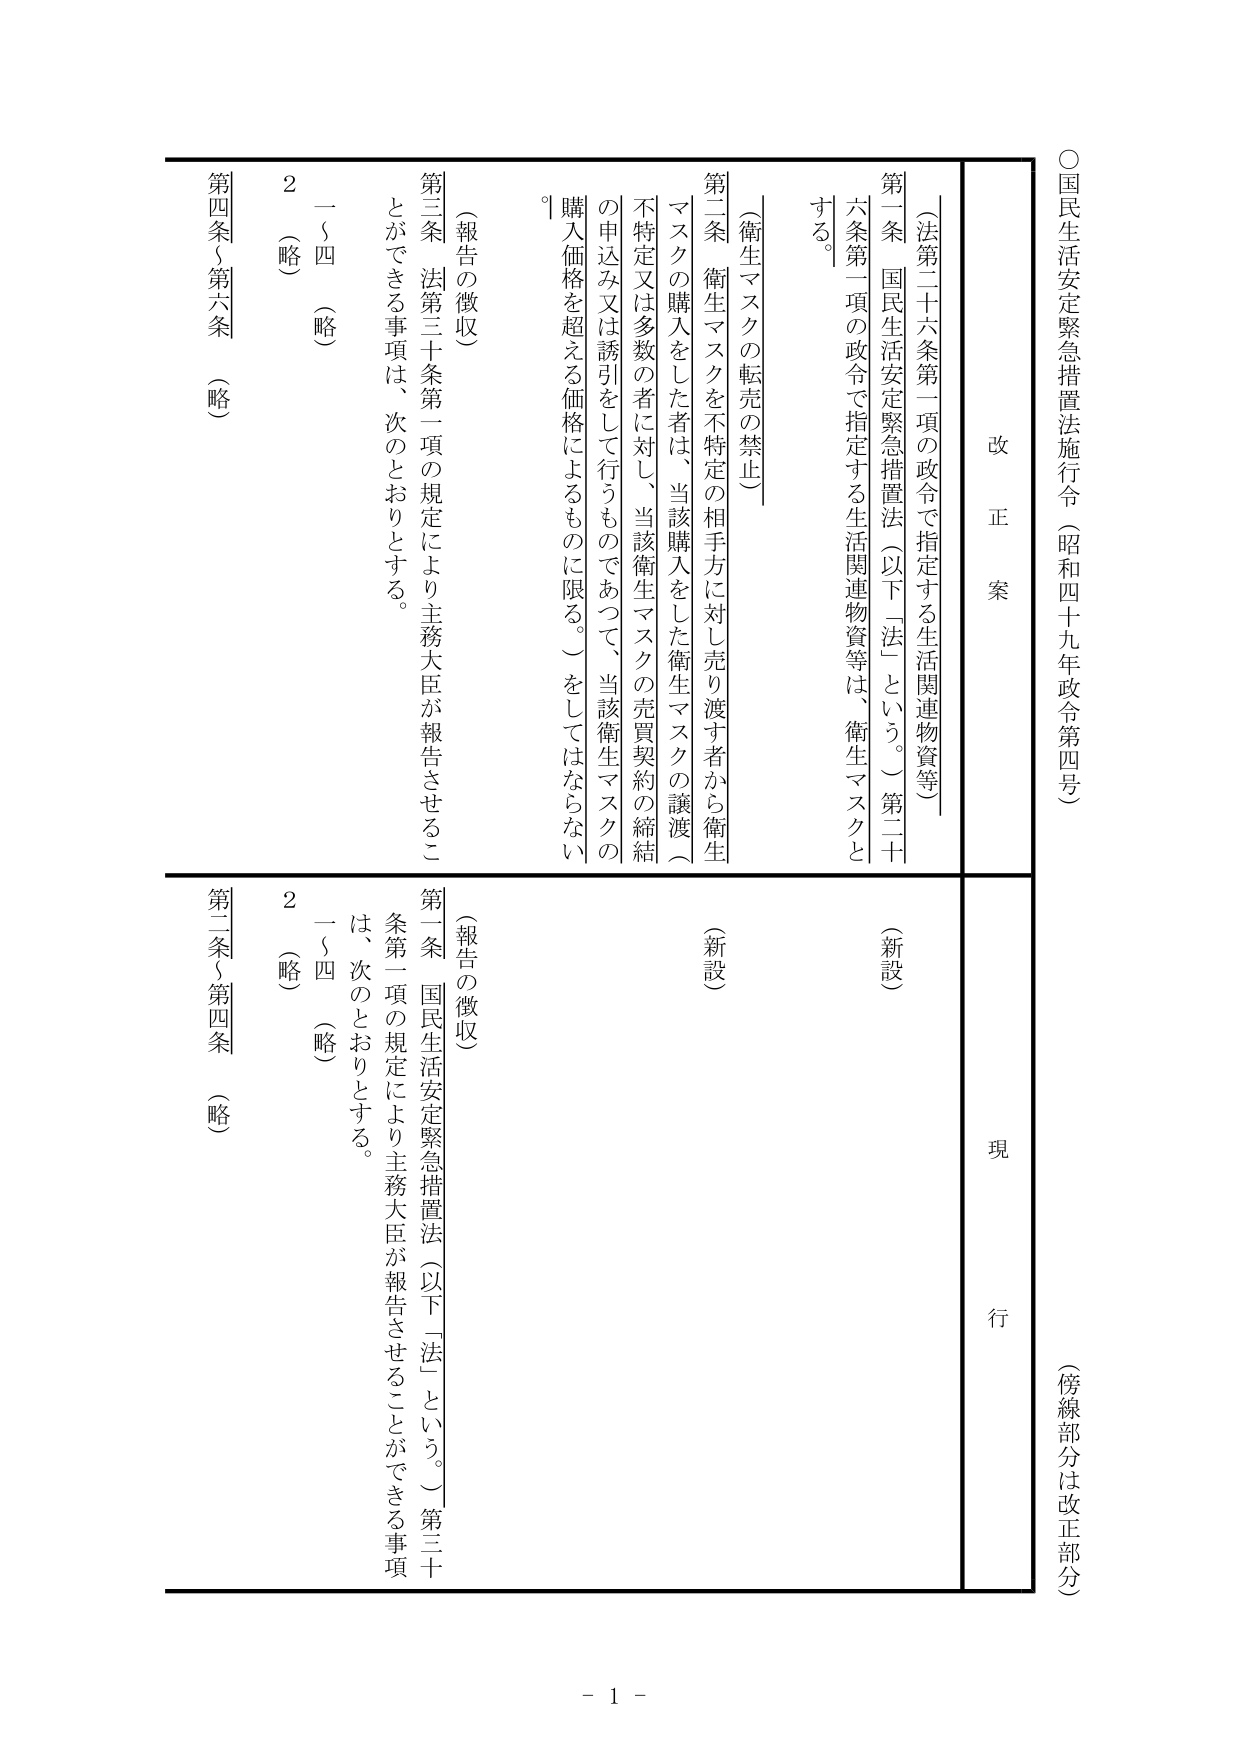
○国民生活安定緊急措置法施行令（昭和四十九年政令第四号）
（傍線部分は改正部分）

改正案
現行

（法第二十六条第一項の政令で指定する生活関連物資等）
第一条 国民生活安定緊急措置法（以下「法」という。）第二十六条第一項の政令で指定する生活関連物資等は、衛生マスクとする。

（衛生マスクの転売の禁止）
第二条 衛生マスクを不特定の相手方に対し売り渡す者から衛生マスクの購入をした者は、当該購入をした衛生マスクの譲渡（不特定又は多数の者に対し、当該衛生マスクの売買契約の締結の申込み又は誘引をして行うものであつて、当該衛生マスクの購入価格を超える価格によるものに限る。）をしてはならない。

（報告の徴収）
第三条 法第三十条第一項の規定により主務大臣が報告させることができる事項は、次のとおりとする。
　一～四 （略）
　2 （略）
第四条～第六条 （略）

（新設）
第一条 国民生活安定緊急措置法（以下「法」という。）第三十条第一項の規定により主務大臣が報告させることができる事項は、次のとおりとする。
　一～四 （略）
　2 （略）
第二条～第四条 （略）

- 1 -